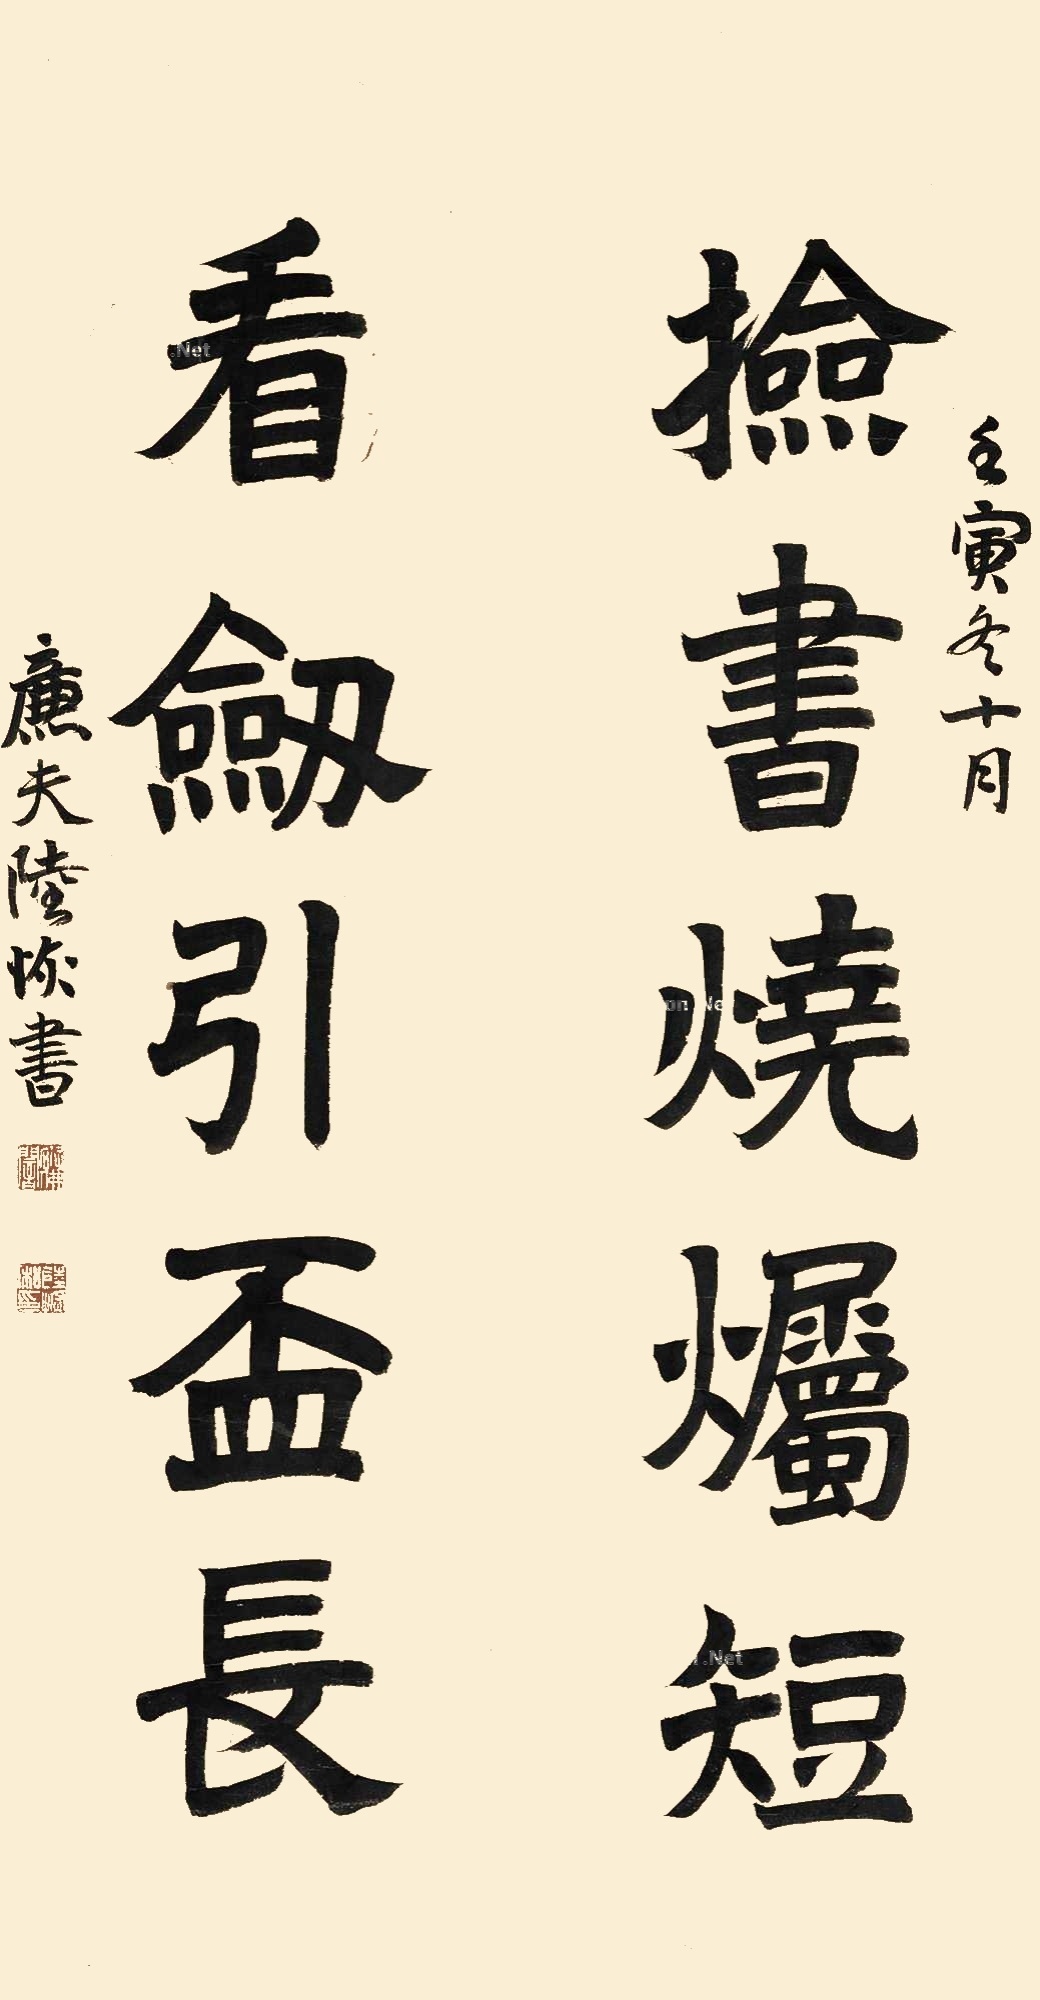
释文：捡书烧烛短，看剑引杯长。壬寅冬十月，廉夫陆恢书。